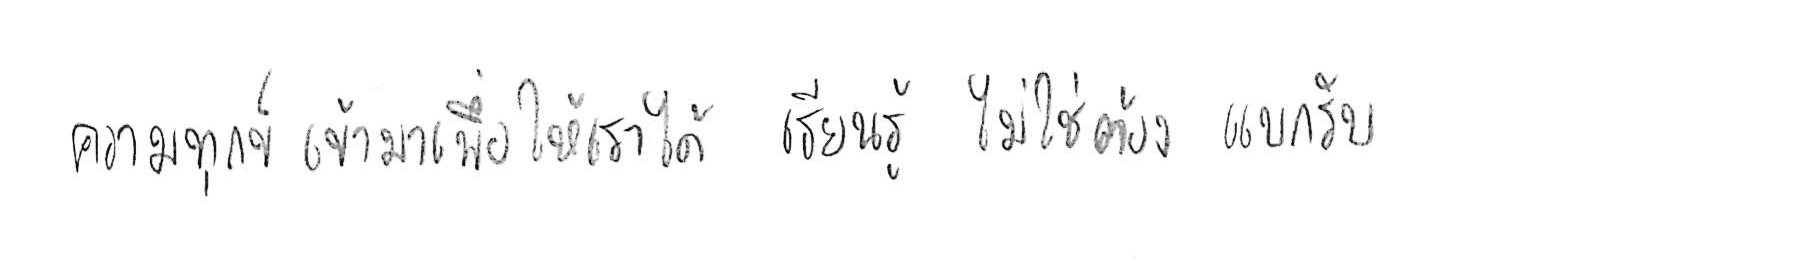
ความทุกข์ เข้ามาเพื่อให้เราได้ เรียนรู้ ไม่ใช่ต้อง แบกรับ